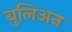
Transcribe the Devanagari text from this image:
बुलिअन